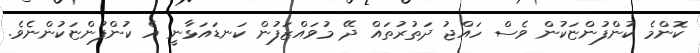
ކޮންމެ ކުންފުންޏަކުން ވެސް ހައްޖު ދަތުރުތައް ދޭ މުވައްޒަފުން ކަނޑައަޅާނީ އެ ކުންފުންޏަކުންނެވެ.